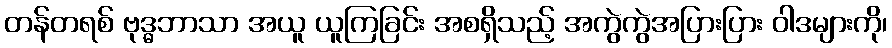
တန်တရစ် ဗုဒ္ဓဘာသာ အယူ ယူကြခြင်း အစရှိသည့် အကွဲကွဲအပြားပြား ဝါဒများကို၊